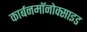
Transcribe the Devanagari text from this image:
कार्बनमॉनोक्साइड